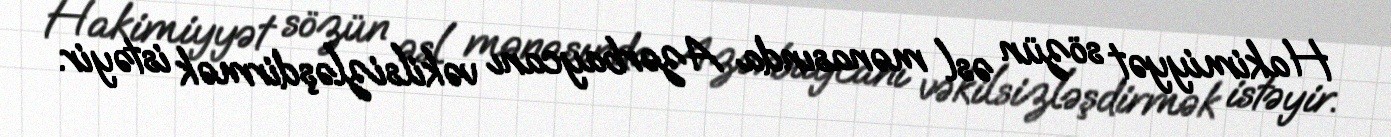
Hakimiyyət sözün əsl mənasında Azərbaycanı vəkilsizləşdirmək istəyir.